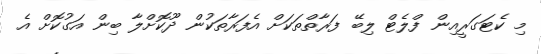
މި ކެޓަގަރީއިން ފްލެޓް ލިބޭ ފަރާތްތަކަށް އެފަރާތަކުން ދޫކޮށްލާ ބިން އަގުކޮށް އެ